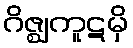
ဂိဇ္ဈကူဋမှိ